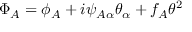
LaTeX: \Phi _ { A } = \phi _ { A } + i \psi _ { A \alpha } \theta _ { \alpha } + f _ { A } \theta ^ { 2 }